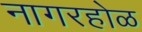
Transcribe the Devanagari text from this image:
नागरहोळ